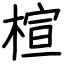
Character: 楦